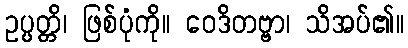
ဥပ္ပတ္တိ၊ ဖြစ်ပုံကို။ ဝေဒိတဗ္ဗာ၊ သိအပ်၏။